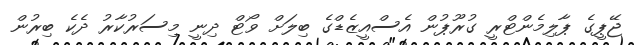
ޖޭޕީގެ ޕާލިމެންޓްރީ ގުރޫޕުން އެސްއީޒެޑްގެ ބިލަށް ވޯޓް ދިނީ މިސަރުކާރު ދެކެ ބިރުން